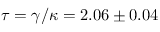
\tau = \gamma / \kappa = 2 . 0 6 \pm 0 . 0 4